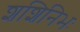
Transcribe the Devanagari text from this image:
शशिनिभः